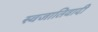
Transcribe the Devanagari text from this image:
स्वजातिवादी